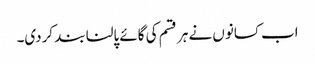
اب کسانوں نے ہر قسم کی گائے پالنا بند کردی۔